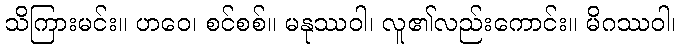
သိကြားမင်း။ ဟဝေ၊ စင်စစ်။ မနုဿဝါ၊ လူ၏လည်းကောင်း။ မိဂဿဝါ၊